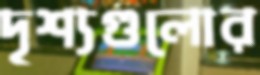
দৃশ্যগুলোর